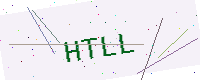
Text: HTLL